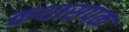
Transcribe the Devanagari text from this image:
कथासपक